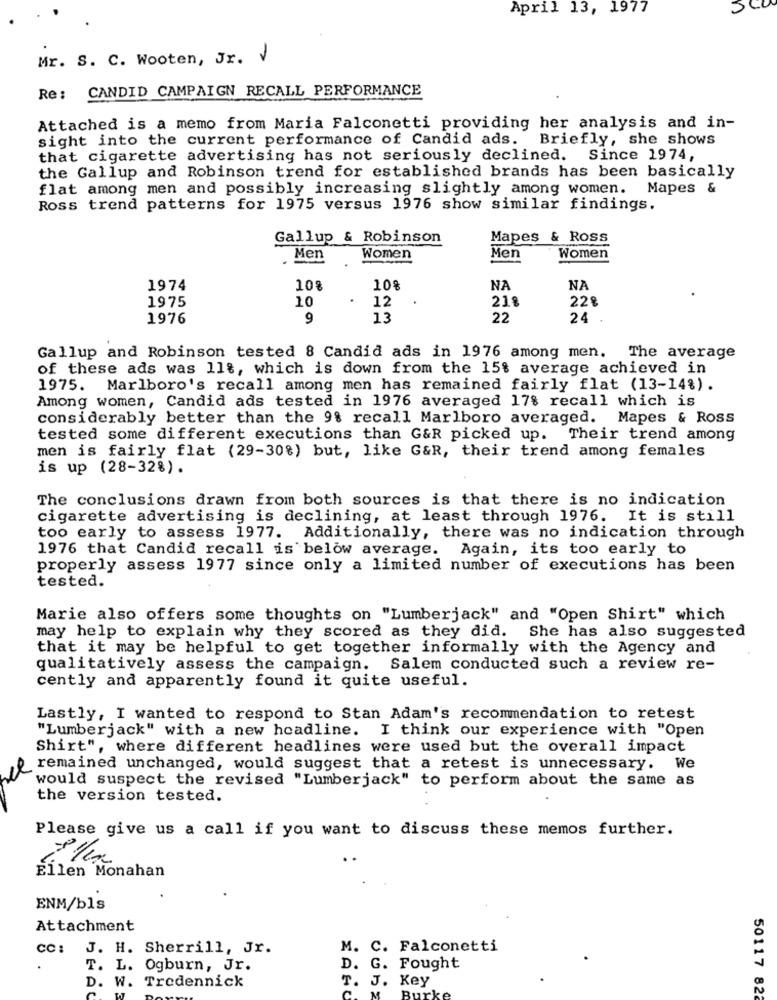
April 13, 1977
SCU
Mr. S. C. Wooten, Jr. V
Re: CANDID CAMPAIGN RECALL PERFORMANCE
Attached is a memo from Maria Falconetti providing her analysis and in-
sight into the current performance of Candid ads. Briefly, she shows
that cigarette advertising has not seriously declined. Since 1974,
the Gallup and Robinson trend for established brands has been basically
flat among men and possibly increasing slightly among women. Mapes &
Ross trend patterns for 1975 versus 1976 show similar findings.
Gallup & Robinson
Mapes & Ross
Men
Women
Men
Women
1974
10%
10%
NA
NA
12
218
228
1975
10
1976
9
13
22
24
Gallup and Robinson tested 8 Candid ads in 1976 among men. The average
of these ads was 11%, which is down from the 15$ average achieved in
1975. Marlboro's recall among men has remained fairly flat (13-14%).
Among women, Candid ads tested in 1976 averaged 17% recall which is
considerably better than the 9% recall Marlboro averaged. Mapes & Ross
tested some different executions than G&R picked up. Their trend among
men is fairly flat (29-30%) but, like G&R, their trend among females
is up (28-32%).
The conclusions drawn from both sources is that there is no indication
cigarette advertising is declining, at least through 1976. It is still
too early to assess 1977. Additionally, there was no indication through
1976 that Candid recall is below average. Again, its too early to
properly assess 1977 since only a limited number of executions has been
tested.
Marie also offers some thoughts on "Lumberjack" and "Open Shirt" which
may help to explain why they scored as they did. She has also suggested
that it may be helpful to get together informally with the Agency and
qualitatively assess the campaign. Salem conducted such a review re-
cently and apparently found it quite useful.
Lastly, I wanted to respond to Stan Adam's recommendation to retest
"Lumberjack" with a new headline. I think our experience with "Open
Shirt", where different headlines were used but the overall impact
remained unchanged, would suggest that a retest is unnecessary. We
would suspect the revised "Lumberjack" to perform about the same as
the version tested.
Please give us a call if you want to discuss these memos further.
Ellen Monahan
ENM/bls
Attachment
CC :
J. H. Sherrill, Jr.
M. C. Falconetti
T. L. Ogburn, Jr.
D. G. Fought
T. J. Key
D. W. Tredennick
50117 822